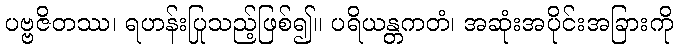
ပဗ္ဗဇိတဿ၊ ရဟန်းပြုသည့်ဖြစ်၍။ ပရိယန္တကတံ၊ အဆုံးအပိုင်းအခြားကို